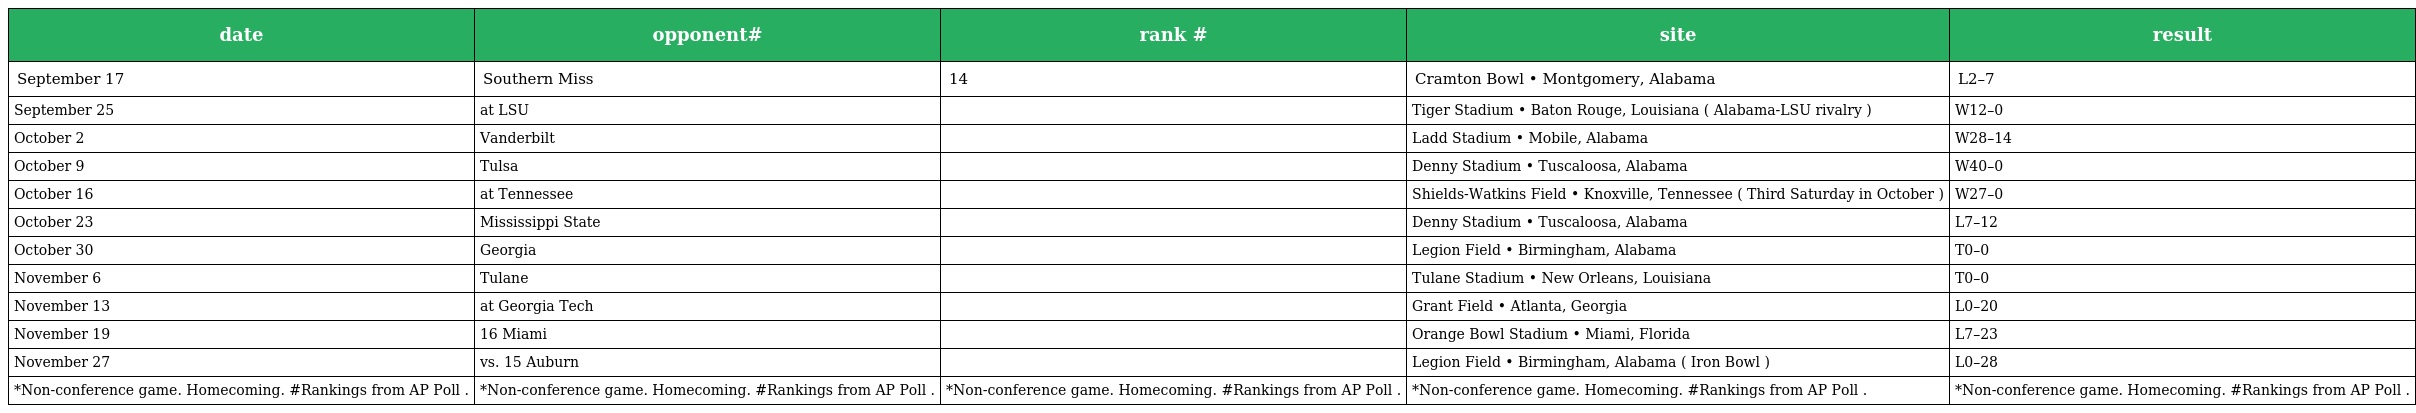
| date | opponent# | rank # | site | result |
 | --- | --- | --- | --- | --- |
 | September 17 | Southern Miss | 14 | Cramton Bowl • Montgomery, Alabama | L2–7 |
 | September 25 | at LSU |  | Tiger Stadium • Baton Rouge, Louisiana ( Alabama-LSU rivalry ) | W12–0 |
 | October 2 | Vanderbilt |  | Ladd Stadium • Mobile, Alabama | W28–14 |
 | October 9 | Tulsa |  | Denny Stadium • Tuscaloosa, Alabama | W40–0 |
 | October 16 | at Tennessee |  | Shields-Watkins Field • Knoxville, Tennessee ( Third Saturday in October ) | W27–0 |
 | October 23 | Mississippi State |  | Denny Stadium • Tuscaloosa, Alabama | L7–12 |
 | October 30 | Georgia |  | Legion Field • Birmingham, Alabama | T0–0 |
 | November 6 | Tulane |  | Tulane Stadium • New Orleans, Louisiana | T0–0 |
 | November 13 | at Georgia Tech |  | Grant Field • Atlanta, Georgia | L0–20 |
 | November 19 | 16 Miami |  | Orange Bowl Stadium • Miami, Florida | L7–23 |
 | November 27 | vs. 15 Auburn |  | Legion Field • Birmingham, Alabama ( Iron Bowl ) | L0–28 |
 | *Non-conference game. Homecoming. #Rankings from AP Poll . | *Non-conference game. Homecoming. #Rankings from AP Poll . | *Non-conference game. Homecoming. #Rankings from AP Poll . | *Non-conference game. Homecoming. #Rankings from AP Poll . | *Non-conference game. Homecoming. #Rankings from AP Poll . |